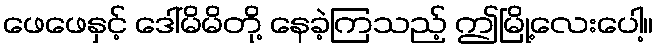
ဖေဖေနှင့် ဒေါ်မိမိတို့ နေခဲ့ကြသည့် ဤမြို့လေးပေါ့။